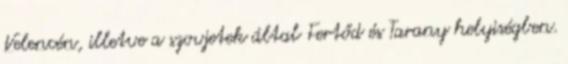
Velencén, illetve a szovjetek által Fertőd és Tarany helyiségben.